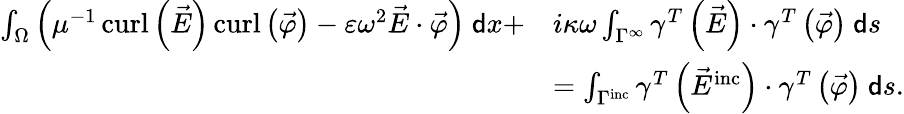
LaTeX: \begin{array}{rl}{\int_{\Omega}\left(\mu^{-1}\operatorname{curl}\left(\vec{E}\right)\operatorname{curl}\left(\vec{\varphi}\right)-\varepsilon\omega^{2}\vec{E}\cdot\vec{\varphi}\right)~\mathsf{d}x+}&{i\kappa\omega\int_{\Gamma^{\infty}}\gamma^{T}\left(\vec{E}\right)\cdot\gamma^{T}\left(\vec{\varphi}\right)~\mathsf{d}s}\\ &{=\int_{\Gamma^{\mathrm{inc}}}\gamma^{T}\left(\vec{E}^{\mathrm{inc}}\right)\cdot\gamma^{T}\left(\vec{\varphi}\right)~\mathsf{d}s.}\end{array}